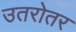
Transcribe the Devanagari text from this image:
उतरोतर